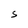
Character: S